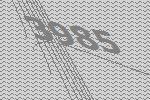
3985